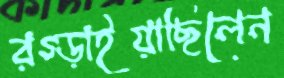
রগ্‌ড়াইয়াছিলেন